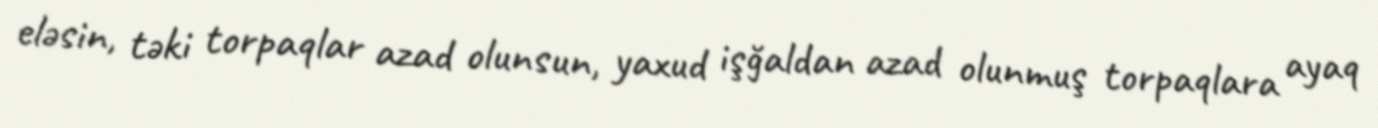
eləsin, təki torpaqlar azad olunsun, yaxud işğaldan azad olunmuş torpaqlara ayaq